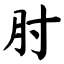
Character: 肘